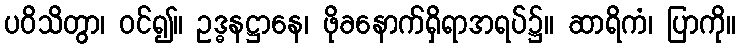
ပဝိသိတွာ၊ ဝင်၍။ ဥဒ္ဓနဋ္ဌာနေ၊ ဖိုခနောက်ရှိရာအရပ်၌။ ဆာရိကံ၊ ပြာကို။